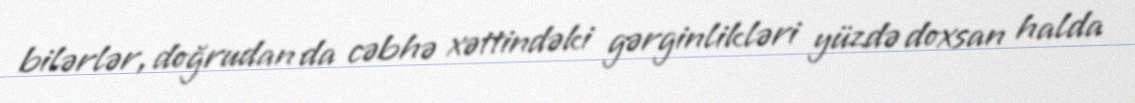
bilərlər, doğrudan da cəbhə xəttindəki gərginlikləri yüzdə doxsan halda